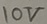
Text: 10V